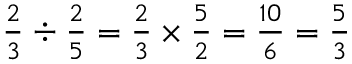
\textstyle { { \frac { 2 } { 3 } } \div { \frac { 2 } { 5 } } = { \frac { 2 } { 3 } } \times { \frac { 5 } { 2 } } = { \frac { 1 0 } { 6 } } = { \frac { 5 } { 3 } } }